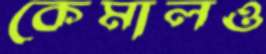
কেমালও